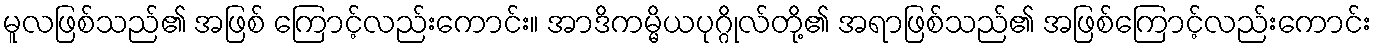
မူလဖြစ်သည်၏ အဖြစ် ကြောင့်လည်းကောင်း။ အာဒိကမ္မိယပုဂ္ဂိုလ်တို့၏ အရာဖြစ်သည်၏ အဖြစ်ကြောင့်လည်းကောင်း